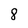
Character: 8